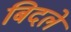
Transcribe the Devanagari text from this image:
बिदले